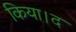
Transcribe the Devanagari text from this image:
किया।द